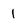
Character: l